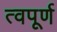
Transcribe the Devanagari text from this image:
त्वपूर्ण